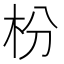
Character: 枌